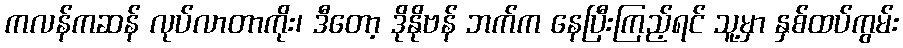
ကလန်ကဆန် လုပ်လာတာကိုး၊ ဒီတော့ ဒိုနိုဗန် ဘက်က နေပြီးကြည့်ရင် သူ့မှာ နှစ်ထပ်ကွမ်း